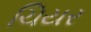
ચિયર